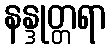
နန္ဒုတ္တရာ